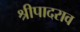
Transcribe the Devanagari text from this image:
श्रीपादराव